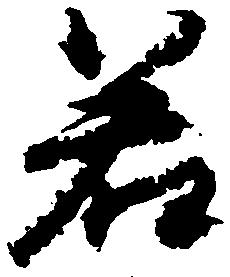
若